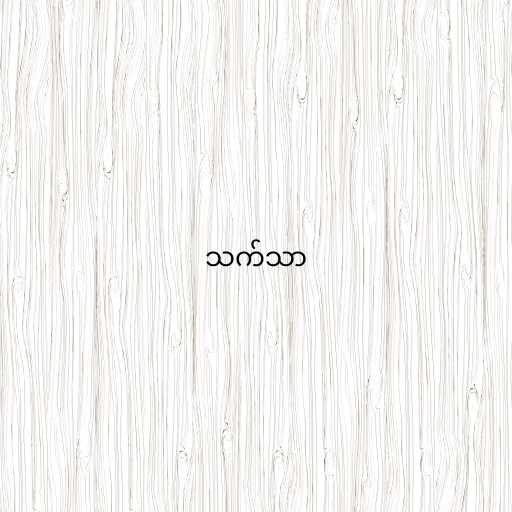
သက်သာ